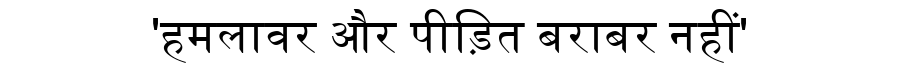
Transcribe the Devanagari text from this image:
'हमलावर और पीड़ित बराबर नहीं'